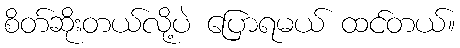
စိတ်ဆိုးတယ်လို့ပဲ ပြောရမယ် ထင်တယ်။